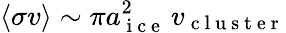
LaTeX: \langle\sigma v\rangle\sim\pi a_{\mathrm{~i~c~e~}}^{2}\, v_{\mathrm{~c~l~u~s~t~e~r~}}